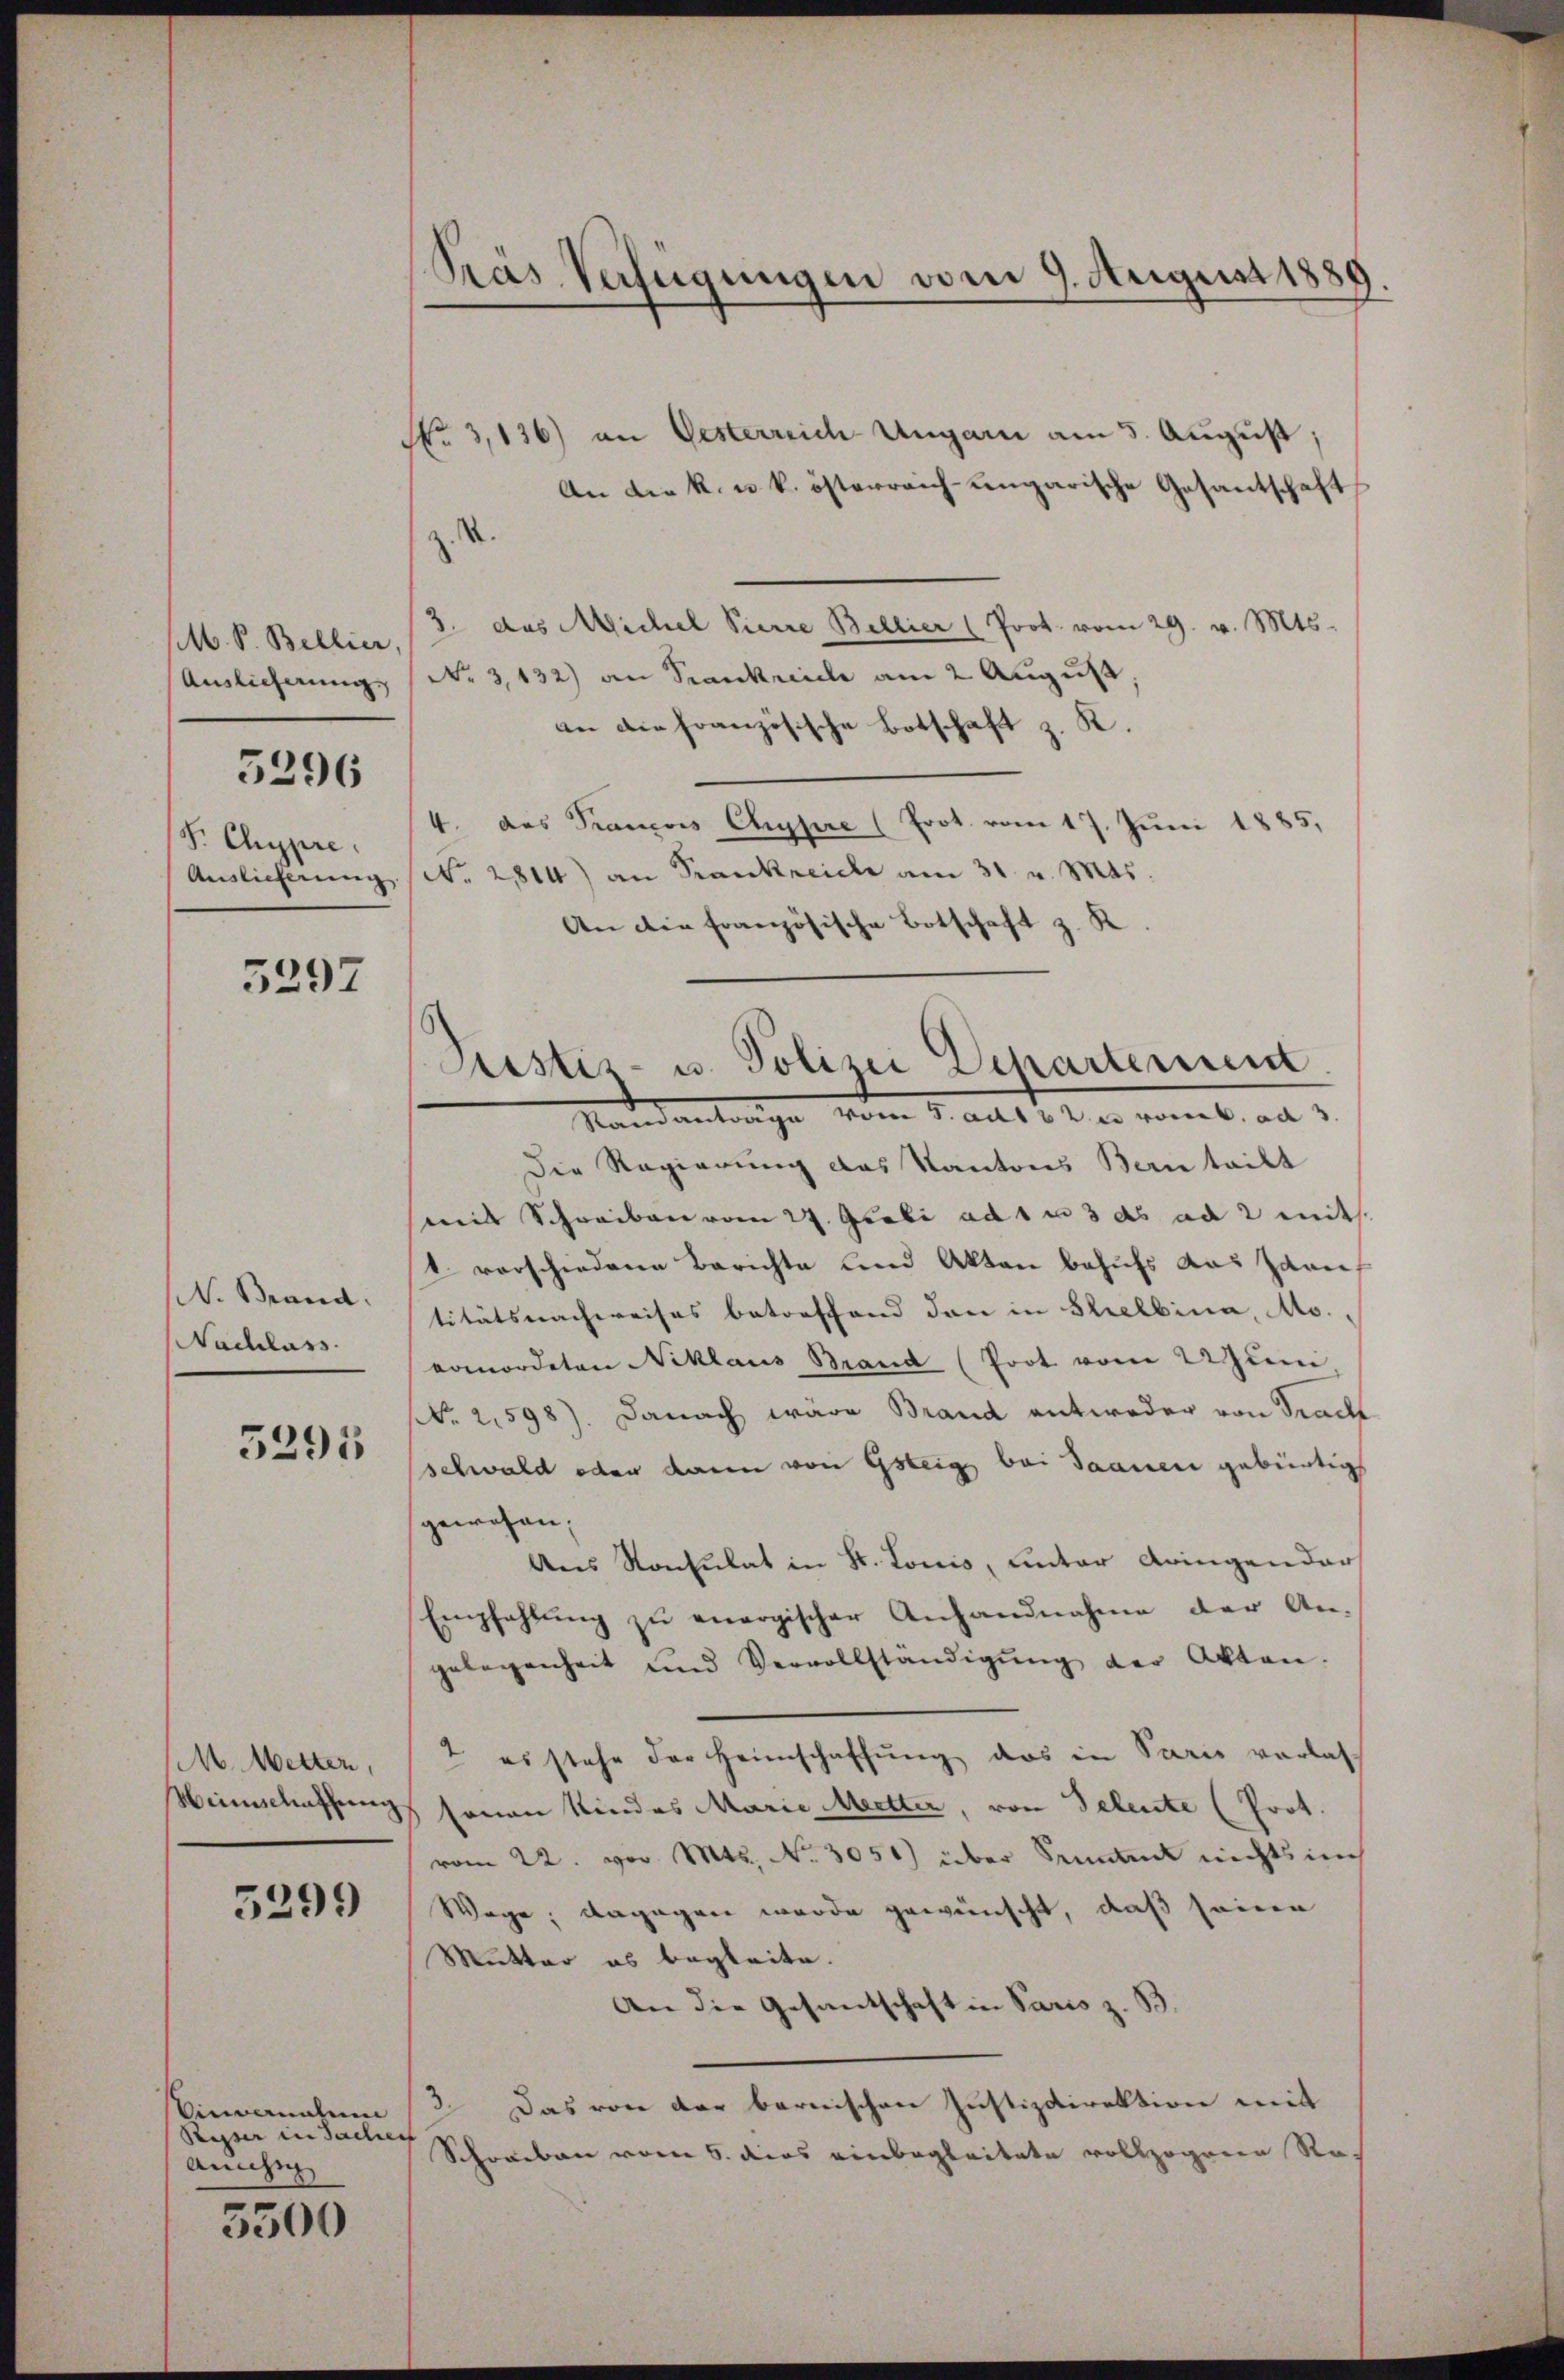
M. V. Bellier,
Auslicherung

5296

S. Chypre
Auslieferung

5297

. Brand.
Nachlass.

5291

M. Metter,
Weinschaffung

5299)

Vincernatum
Stupser in Sachen
anihi

5500

PPrás Verfügungen vom 9. August 1889.

No 3,136) an Oesterreich Ungarn am 5. August,
An die k. u. k. österreich-ungarische Gesantschaft
z. S.
3. das Michel Pierre Bellier (Prot. vom 29. v. Mts.
No 3,132) an Krankreiche am 2 August
an die französische Botschaft z. K.
4. Das Prancois Chypre (Prot. vom 17. Juni 1885,
No. 2814) an Krankreiche am 31. v. Mts.
An die Französische Botschaft z. K

Pustes- u. Polizei Departement
Mandantrage vom 1. ad 1. der viel, an

Die Regierung das Kantons Bern tailt
mit Schreiben vom 27. Ocobi ad 1 u 3 ds ad 2 mit
1 verschiedene Berichte und Akten behufs das Zarn,
titätsnachweises betreffend den in Schelbina, Ms.,
Komordeten Niklaus Brand (Poot vom 2 zum
No 2,598). Danach wäre Brand antweder von Tracht
schwald oder dann von Gsteige bei Jaanen gebürtigt
gewesen,
Ans Konsulat in St. Louis, unter dringen dar
Empfehlŭng zŭ energischer Anhandnahme der An-
gelegenheit und Vervollständigŭng der Akten.
2 es stehe der Heimschaffŭng das in Paris verlas
senen Kindes Marie Mitter, von Seleute (Prot.
vom 22. vor. Mts. No. 3051) über Senn nichts in
Wege; dagegen wurde gewünscht, daß seinen
Mutter es begleite.
An die Gesandschaft in Paris z. B.
3. Das von der bernischen Justizdirektion mit
Schreiben vom 6. dies einbegleitete vollzogenen Rec